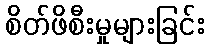
စိတ်ဖိစီးမှုများခြင်း